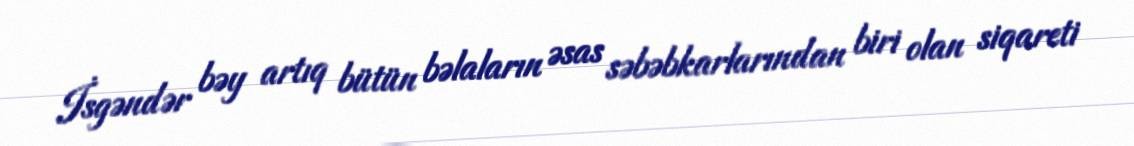
İsgəndər bəy artıq bütün bəlaların əsas səbəbkarlarından biri olan siqareti